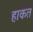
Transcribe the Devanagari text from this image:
हाकत